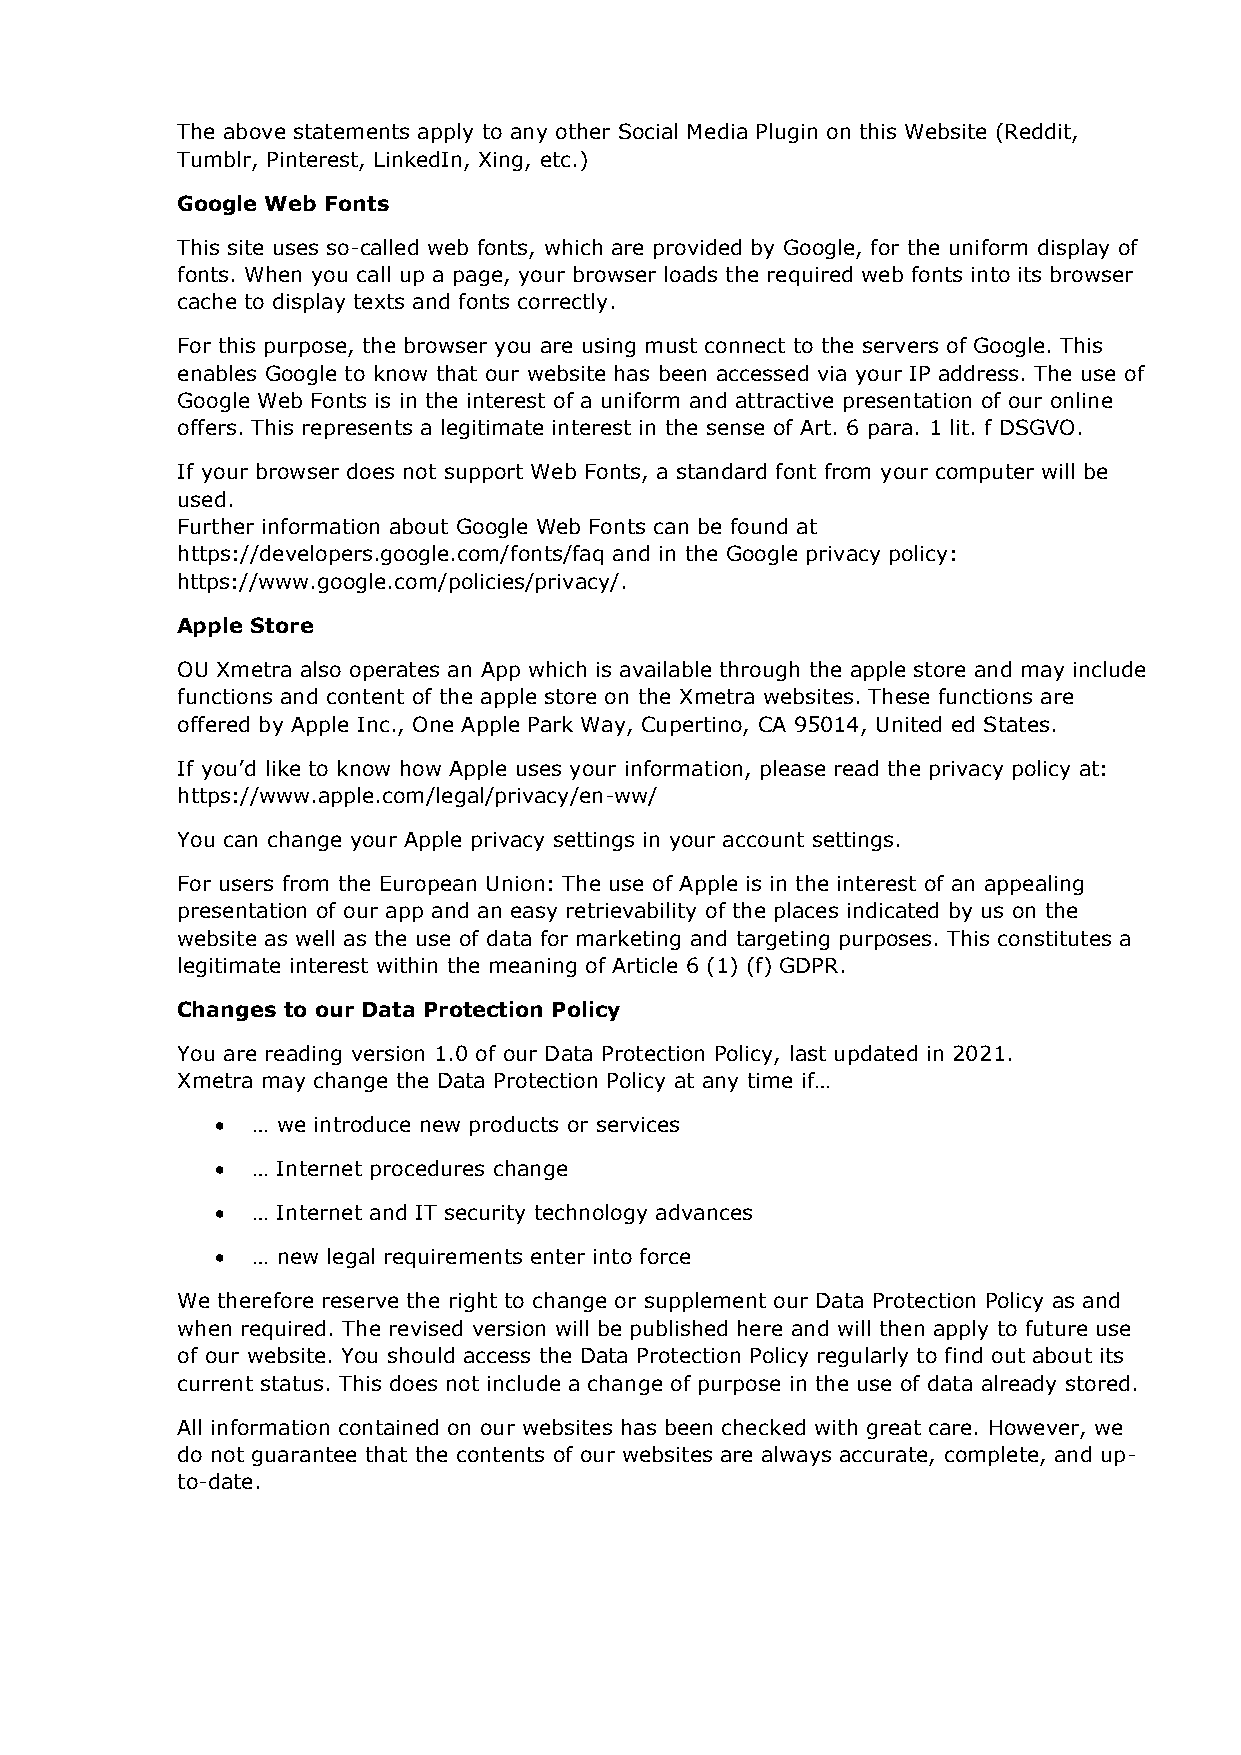
The above statements apply to any other Social Media Plugin on this Website (Reddit,
 Tumblr, Pinterest, LinkedIn, Xing, etc.)
 Google Web Fonts
 This site uses so-called web fonts, which are provided by Google, for the uniform display of
 fonts. When you call up a page, your browser loads the required web fonts into its browser
 cache to display texts and fonts correctly.
 For this purpose, the browser you are using must connect to the servers of Google. This
 enables Google to know that our website has been accessed via your IP address. The use of
 Google Web Fonts is in the interest of a uniform and attractive presentation of our online
 offers. This represents a legitimate interest in the sense of Art. 6 para. 1 lit. f DSGVO.
 If your browser does not support Web Fonts, a standard font from your computer will be
 used.
 Further information about Google Web Fonts can be found at
 https://developers.google.com/fonts/faq and in the Google privacy policy:
 https://www.google.com/policies/privacy/.
 Apple Store
 OU Xmetra also operates an App which is available through the apple store and may include
 functions and content of the apple store on the Xmetra websites. These functions are
 offered by Apple Inc., One Apple Park Way, Cupertino, CA 95014, United ed States.
 If you’d like to know how Apple uses your information, please read the privacy policy at:
 https://www.apple.com/legal/privacy/en-ww/
 You can change your Apple privacy settings in your account settings.
 For users from the European Union: The use of Apple is in the interest of an appealing
 presentation of our app and an easy retrievability of the places indicated by us on the
 website as well as the use of data for marketing and targeting purposes. This constitutes a
 legitimate interest within the meaning of Article 6 (1) (f) GDPR.
 Changes to our Data Protection Policy
 You are reading version 1.0 of our Data Protection Policy, last updated in 2021.
 Xmetra may change the Data Protection Policy at any time if…
 •  … we introduce new products or services
 •  … Internet procedures change
 •  … Internet and IT security technology advances
 •  … new legal requirements enter into force
 We therefore reserve the right to change or supplement our Data Protection Policy as and
 when required. The revised version will be published here and will then apply to future use
 of our website. You should access the Data Protection Policy regularly to find out about its
 current status. This does not include a change of purpose in the use of data already stored.
 All information contained on our websites has been checked with great care. However, we
 do not guarantee that the contents of our websites are always accurate, complete, and up-
 to-date.